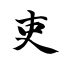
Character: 吏